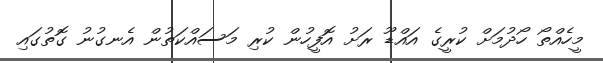
މީހެއްތޯ ހޯދުމަށް ކުރީގެ އައްޑޫ ރަށު އޮފީހުން ކުރި މަސައްކަތުން އެނގުނު ގޮތުގައި